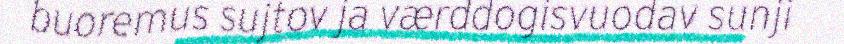
buoremus sujtov ja værddogisvuodav sunji